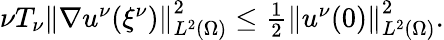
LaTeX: \begin{array}{r}{\nu T_{\nu}\left\lVert\nabla u^{\nu}({\xi^{\nu}})\right\rVert_{L^{2}(\Omega)}^{2}\le\frac 12\left\lVert u^{\nu}(0)\right\rVert_{L^{2}(\Omega)}^{2}.}\end{array}